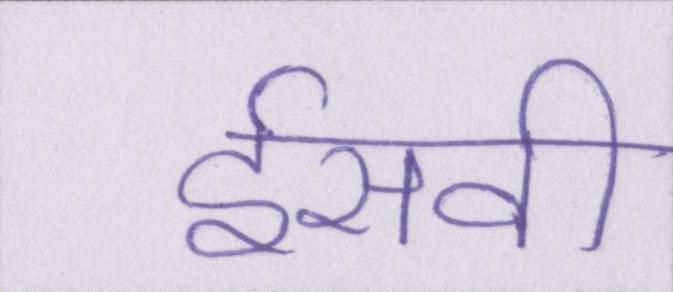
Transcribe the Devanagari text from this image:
ईसवी